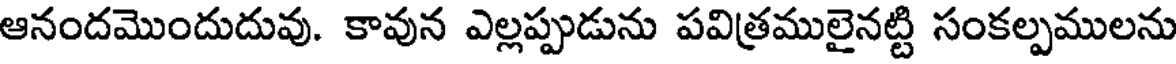
ఆనందమొందుదువు. కావున ఎల్లప్పుడును పవిత్రములైనట్టి సంకల్పములను